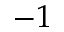
- 1